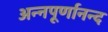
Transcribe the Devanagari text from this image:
अन्नपूर्णानन्द